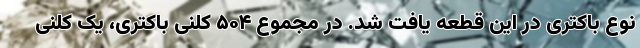
نوع باکتری در این قطعه یافت شد. در مجموع ۵۰۴ کلنی باکتری، یک کلنی